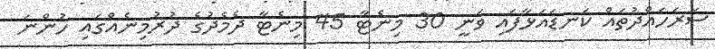
ސަރަހައްދުތައް ކަނޑައަޅާފައި ވަނީ 30 މިނެޓާ 45 މިނެޓާ ދެމެދުގެ ދުރުމިނެއްގައި ހުންނަ